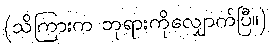
(သိကြားက ဘုရားကိုလျှောက်ပြီ။)